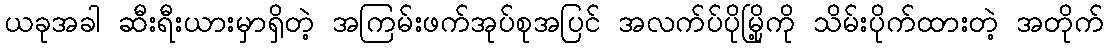
ယခုအခါ ဆီးရီးယားမှာရှိတဲ့ အကြမ်းဖက်အုပ်စုအပြင် အလက်ပ်ပိုမြို့ကို သိမ်းပိုက်ထားတဲ့ အတိုက်